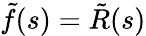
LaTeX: \tilde{f}(s)=\tilde{R}(s)